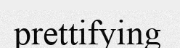
prettifying